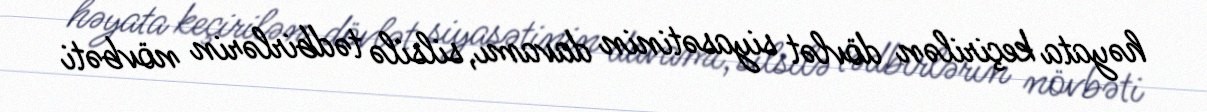
həyata keçirilən dövlət siyasətinin davamı, silsilə tədbirlərin növbəti